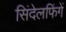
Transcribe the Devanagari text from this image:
सिंदेलफिंगें